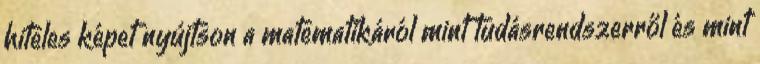
hiteles képet nyújtson a matematikáról mint tudásrendszerről és mint